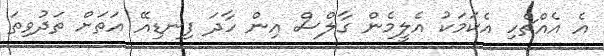
އެ އެއްޗެހި އެކަމަކު އެލީމެން ގާލްސް އިން ހާދަ ފިނޑިއޭ އަތަށް ތަދުވިތަ